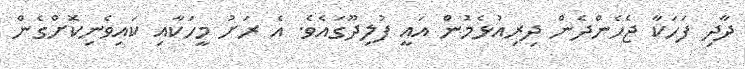
ދާދި ފަހަކާ ޖެހެންދެން ދިރިއުޅެމުން އައީ ފުލިދޫގައެވެ. އެ ރަށު މީހަކާއި ކައިވެނިކޮށްގެން